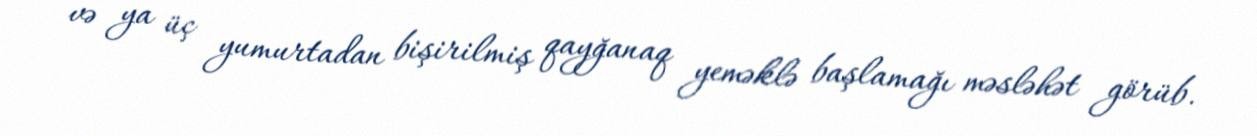
və ya üç yumurtadan bişirilmiş qayğanaq yeməklə başlamağı məsləhət görüb.